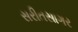
સરીતસાગર